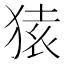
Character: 𫞤